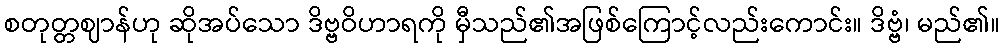
စတုတ္တဈာန်ဟု ဆိုအပ်သော ဒိဗ္ဗဝိဟာရကို မှီသည်၏အဖြစ်ကြောင့်လည်းကောင်း။ ဒိဗ္ဗံ၊ မည်၏။